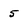
Character: 5